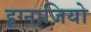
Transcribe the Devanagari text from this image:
इग्नाज़ियो